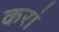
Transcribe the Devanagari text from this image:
करां